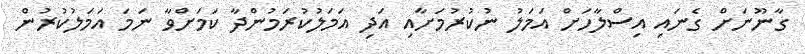
ގާނޫނަށް ގެނައި އިސްލާހަށް އަމަލު ނުކުރުމަށާއި އަދި އަމަލުކުރަމުންދާ ކަމަށްވާ ނަމަ އަމަލުކުރުން